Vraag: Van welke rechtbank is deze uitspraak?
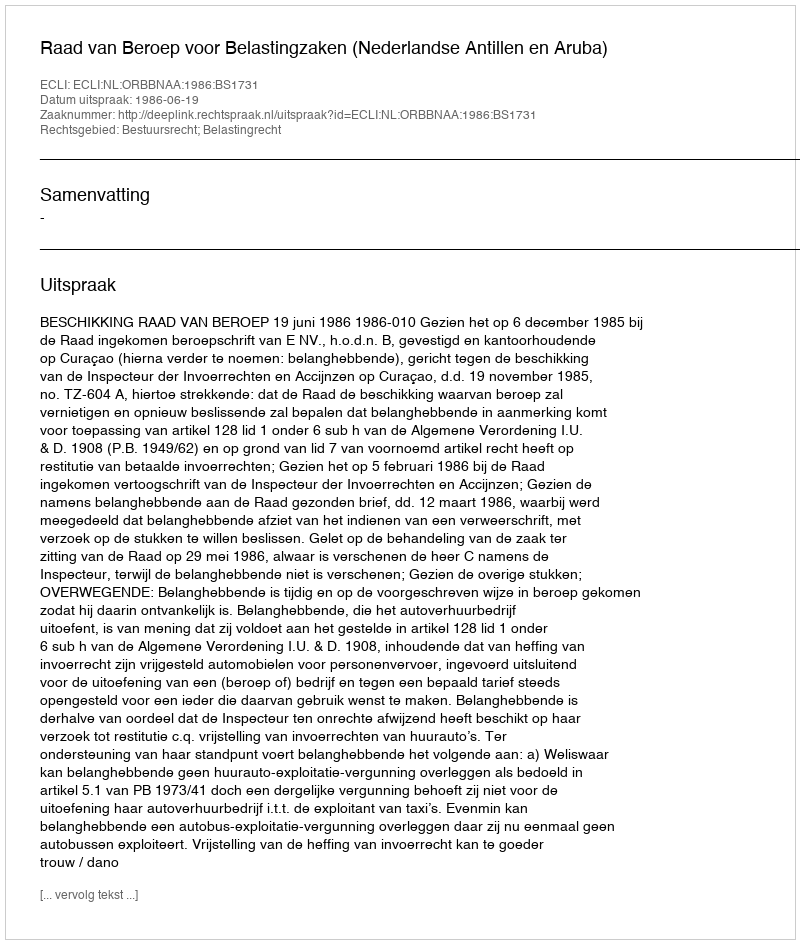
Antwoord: Raad van Beroep voor Belastingzaken (Nederlandse Antillen en Aruba)